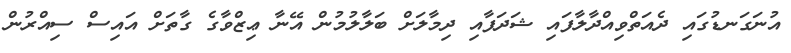
އުނަގަނޑުގައި ދެއަތްވިއްދާލާފައި ޝަދަފާއި ދިމާލަށް ބަލާލުމުން އޭނާ ޢިޒްވާގެ ގާތަށް އައިސް ސިއްރުން